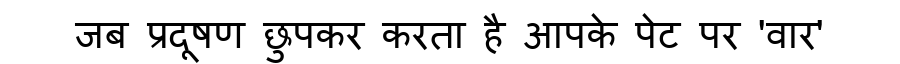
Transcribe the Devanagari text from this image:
जब प्रदूषण छुपकर करता है आपके पेट पर 'वार'